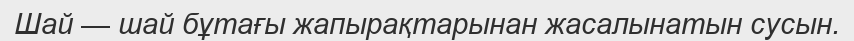
Шай — шай бұтағы жапырақтарынан жасалынатын сусын.